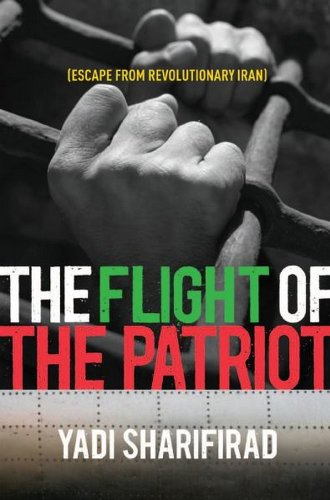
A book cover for Flight of the Patriot: Escape from Revolutionary Iran; Yadollah Sharifirad; History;